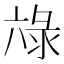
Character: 𭁖